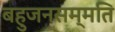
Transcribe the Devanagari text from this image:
बहुजनसम्मति